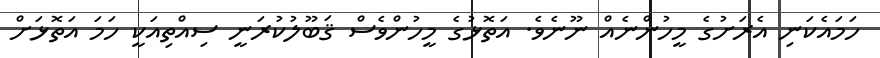
ހަމައެކަނި އެރަށުގެ މީހުންނެއް ނޫނެވެ. އަތޮޅުގެ މީހުންވެސް ޤަބޫލުކުރަނީ ސިއްތިއަކީ ހަމަ އަތޮޅަށް